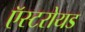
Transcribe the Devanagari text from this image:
ऍस्टरोयड